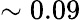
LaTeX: \sim 0.09